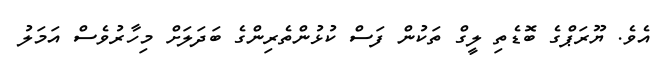
އެވެ. ޔޫރަޕްގެ ބޮޑެތި ލީގް ތަކުން ފަސް ކުޅުންތެރިންގެ ބަދަލަށް މިހާރުވެސް އަމަލު